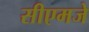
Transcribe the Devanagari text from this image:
सीएमजे